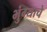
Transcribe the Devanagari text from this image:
भुंग्याचे